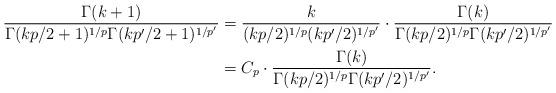
LaTeX: \begin{align*} \frac{\Gamma(k+1)}{\Gamma(kp/2+1)^{1/p}\Gamma(kp'/2+1)^{1/p'}} &= \frac{k}{(kp/2)^{1/p}(kp'/2)^{1/p'}}\cdot\frac{\Gamma(k)}{\Gamma(kp/2)^{1/p}\Gamma(kp'/2)^{1/p'}} \\&= C_p\cdot \frac{\Gamma(k)}{\Gamma(kp/2)^{1/p}\Gamma(kp'/2)^{1/p'}}. \end{align*}